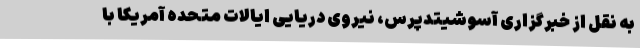
به نقل از خبرگزاری آسوشیتدپرس، نیروی دریایی ایالات متحده آمریکا با